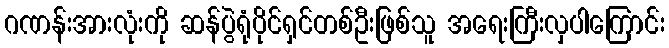
ဂဏန်းအားလုံးကို ဆန်ပွဲရုံပိုင်ရှင်တစ်ဦးဖြစ်သူ အရေးကြီးလှပါကြောင်း